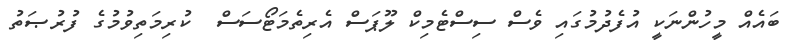
ބައެއް މީހުންނަކީ އުފެދުމުގައި ވެސް ސިސްޓެމިކް ލޫޕަސް އެރިތެމަޓޯސަސް  ކުރިމަތިވުމުގެ ފުރުޞަތު